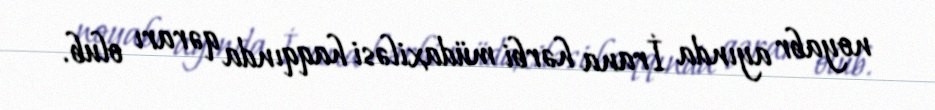
noyabr ayında İrana hərbi müdaxiləsi haqqında qərarı olub.